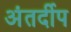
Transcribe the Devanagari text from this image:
अंतर्दीप